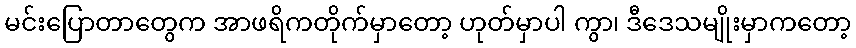
မင်းပြောတာတွေက အာဖရိကတိုက်မှာတော့ ဟုတ်မှာပါ ကွာ၊ ဒီဒေသမျိုးမှာကတော့